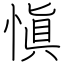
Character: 愼